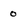
Character: o